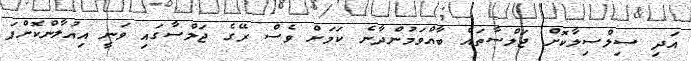
އަދި ސިލްސިލާކޮށް ޖަލްސާތައް ބާއްވަމުންދާނެ ކަމަށް ވެސް ރޭގެ ޖަލްސާގައި ވަނީ އިއުލާންކޮށްފަ